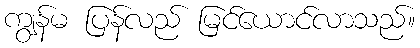
ကျွန်မ ပြန်လည် မြင်ယောင်လာသည်။